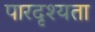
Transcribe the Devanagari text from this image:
पारदृश्यता